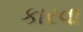
કારવા